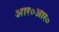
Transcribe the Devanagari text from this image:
आर०आर०